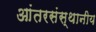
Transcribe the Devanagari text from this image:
आंतरसंस्थानीय